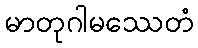
မာတုဂါမဿေတံ